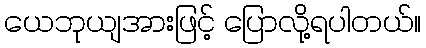
ယေဘုယျအားဖြင့် ပြောလို့ရပါတယ်။